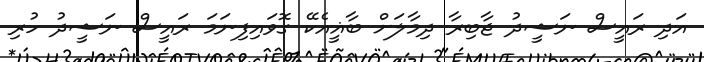
އަދި ރައީސް ނަޝީދު ޖާބިރާ ދިމާލަށް ބާޣީއެކޭ ގޮވައިފިނަމަ ރައީސް ނަޝީދު ހުރި